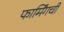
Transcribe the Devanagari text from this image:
फार्मिंगची